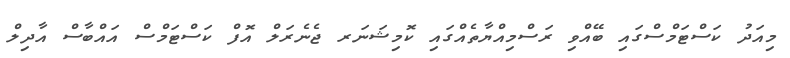
މިއަދު ކަސްޓަމްސްގައި ބޭއްވި ރަސްމިއްޔާތެއްގައި ކޮމިޝަނަރ ޖެނެރަލް އޮފް ކަސްޓަމްސް އައްބާސް އާދިލް